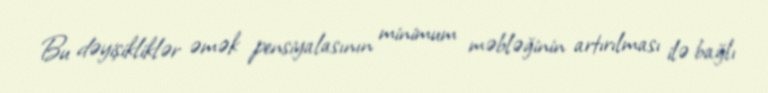
Bu dəyişikliklər əmək pensiyalasının minimum məbləğinin artırılması ilə bağlı